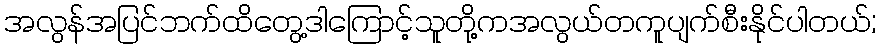
အလွန်အပြင်ဘက်ထိတွေ့ဒါကြောင့်သူတို့ကအလွယ်တကူပျက်စီးနိုင်ပါတယ်;